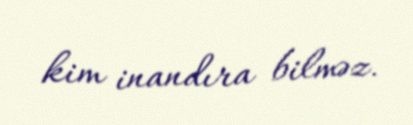
kim inandıra bilməz.